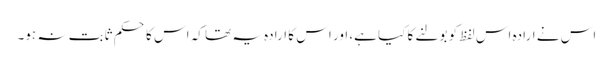
اس نے ارادہ اس لفظ کو بولنے کا کیا ہے، اور اس کا ارادہ یہ تھا کہ اس کا حکم ثابت نہ ہو۔